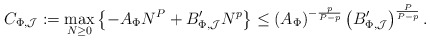
\begin{align*}C_{\Phi ,\mathcal{J}}:=\max_{N\geq 0}\left\{ -A_{\Phi }N^{P}+B_{\Phi ,\mathcal{J}}^{\prime }N^{p}\right\} \leq \left( A_{\Phi }\right) ^{-\frac{p}{P-p}}\left( B_{\Phi ,\mathcal{J}}^{\prime }\right) ^{\frac{P}{P-p}}.\end{align*}